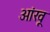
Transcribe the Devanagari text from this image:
आंखू